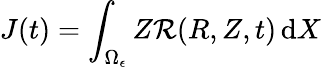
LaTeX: J(t)=\int_{\Omega_{\epsilon}}Z\mathcal{R}(R,Z,t)\, \mathrm{d}X